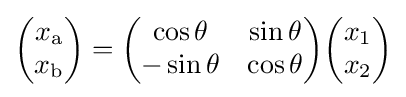
{\begin{pmatrix}x_{\text{a}}\\x_{\text{b}}\end{pmatrix}}={\begin{pmatrix}\cos \theta &\sin \theta \\-\sin \theta &\cos \theta \end{pmatrix}}{\begin{pmatrix}x_{1}\\x_{2}\end{pmatrix}}